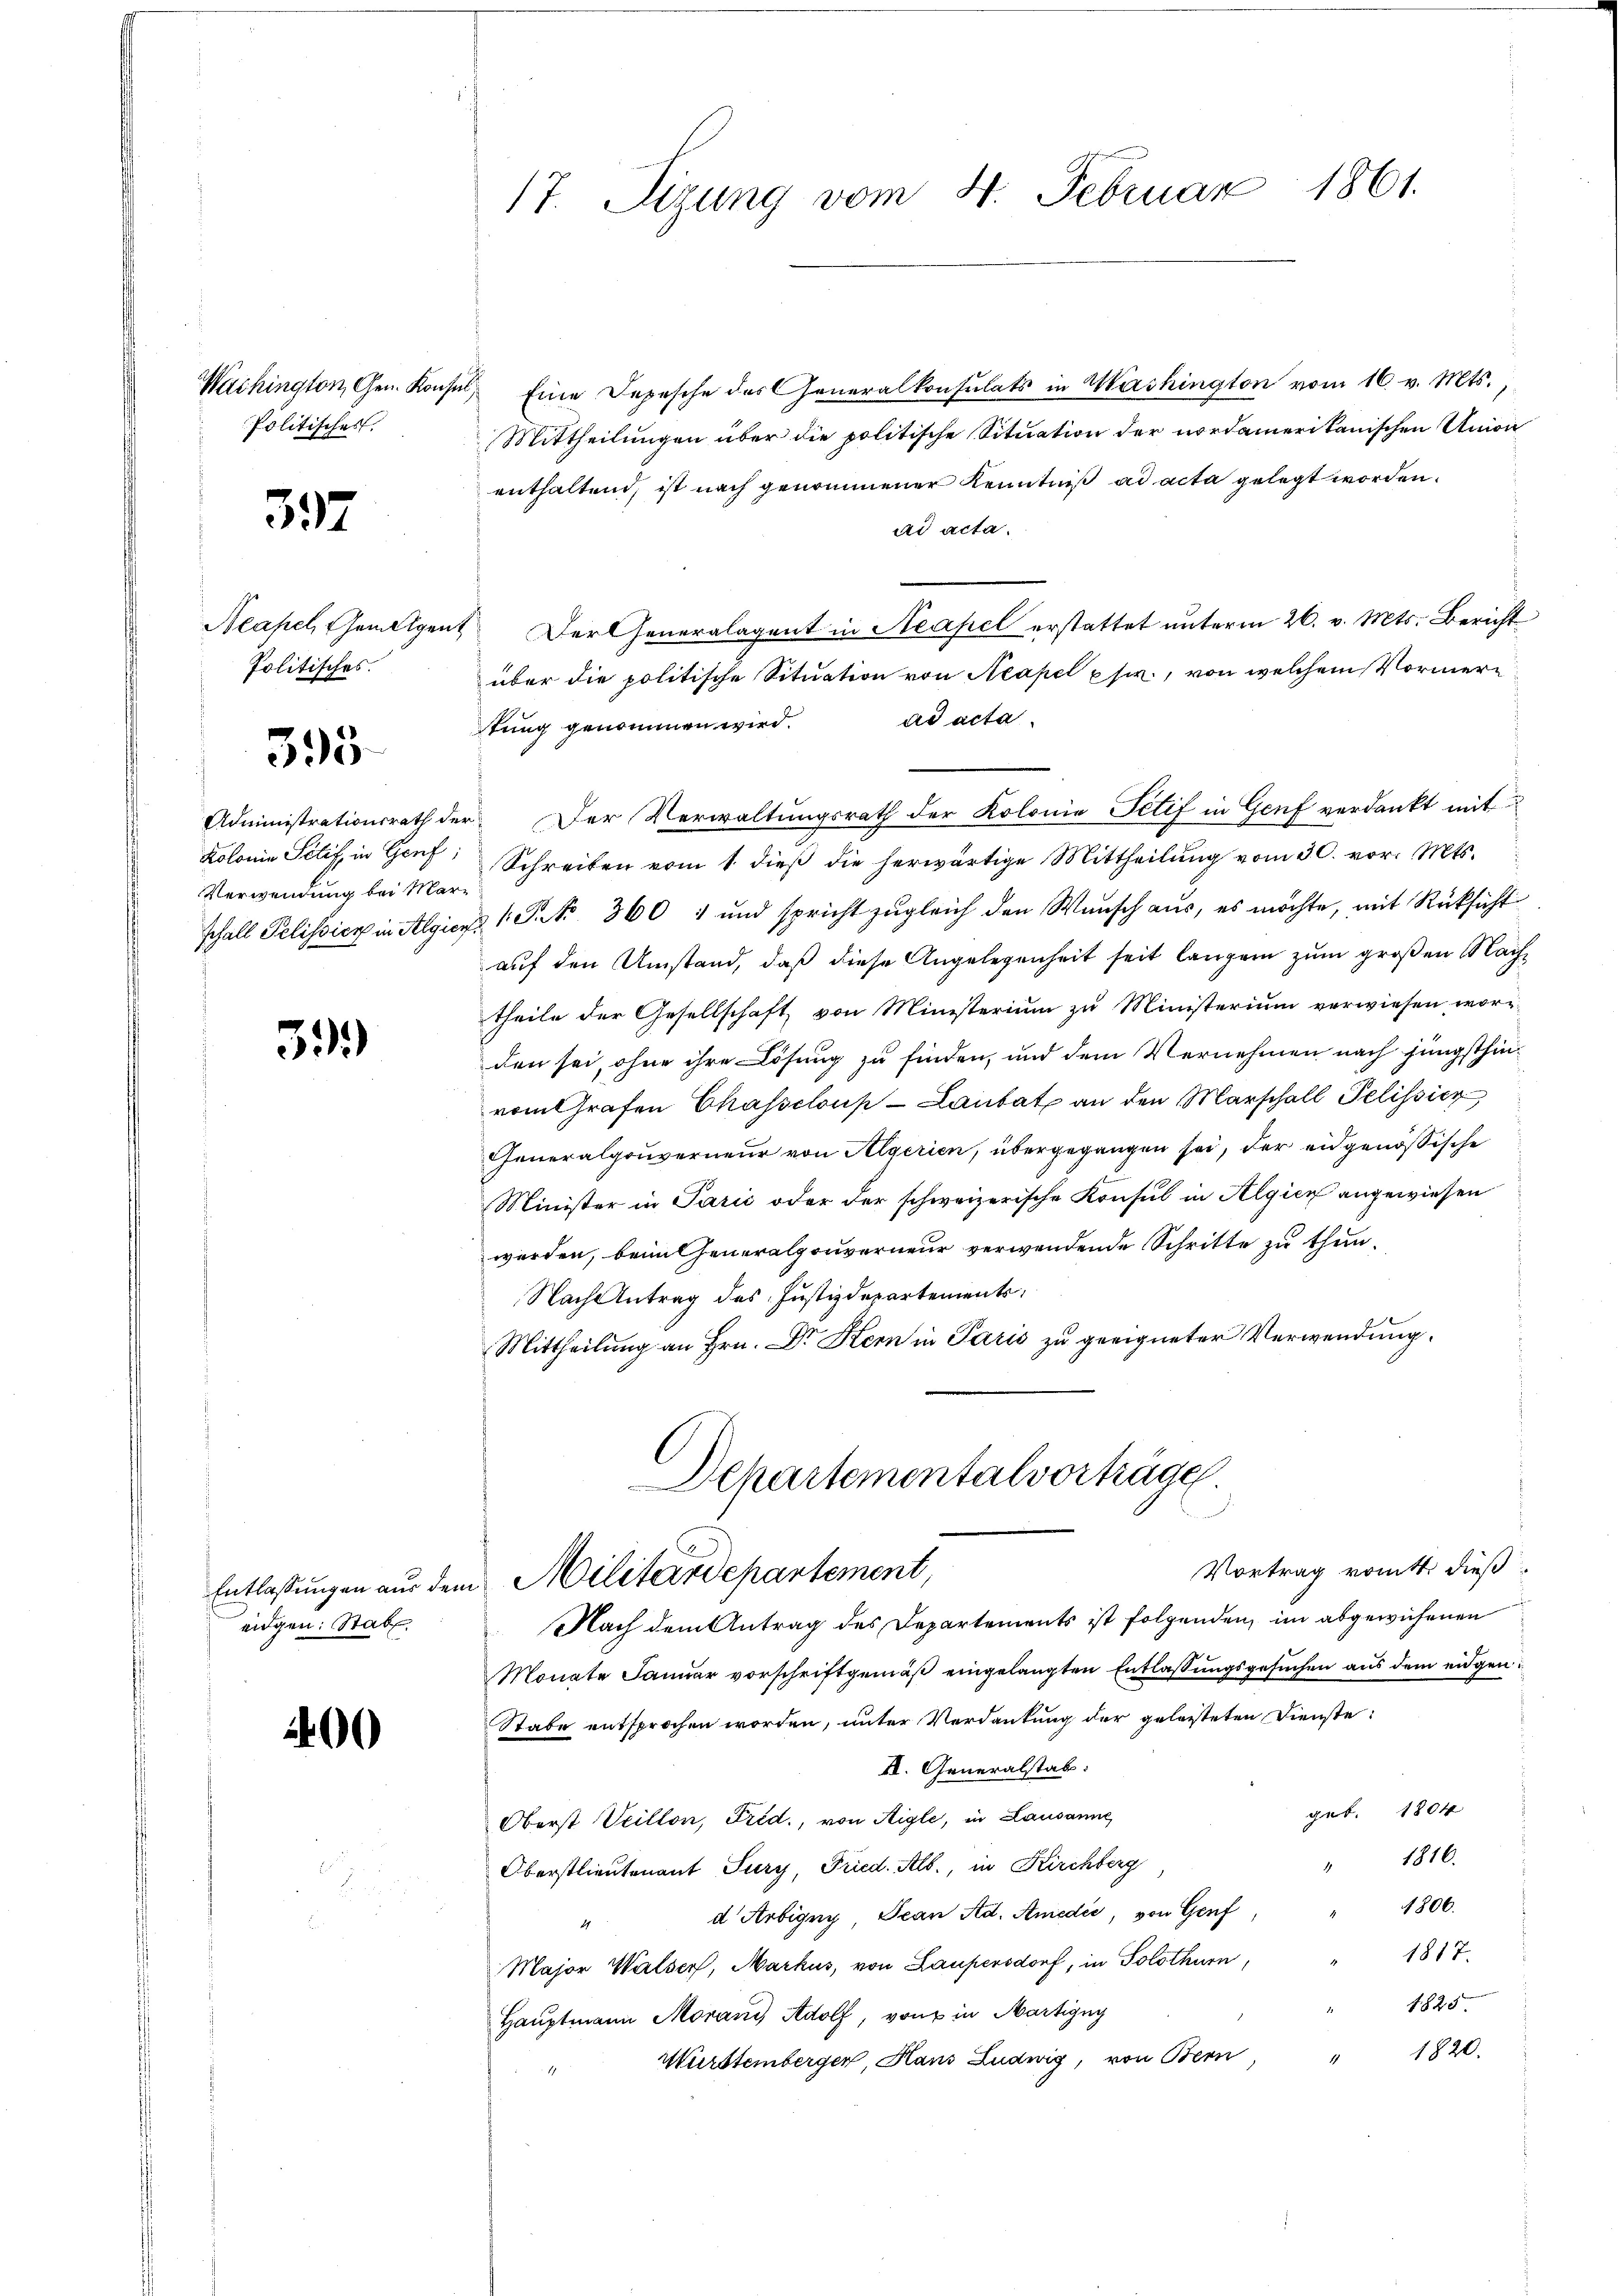
Wuchington, Gen. Kon¬
Politisches

597

Neapel, Gewalge¬
Politisches.

395

Verwendung bei Mar¬

39)

eidgen: Stab

400

el, Eine Depesche des Generalkonsulats in Washington vom 16. v. Mts.,
Mittheilungen über die politische Situation der nordamerikanischen Union
enthaltend, ist nach genommener Kenntniß ad acta gelegt worden.
ad acta.
ut Der Generalagent in Neapel erstattet unterm 26. v. Mts. Bericht
über die politische Situation von Neapel p fr., von welchem Vormerad acta.
tung genommen wird.
Administrationsrath der Der Verwaltŭngsrath der Kolonie Petif in Genf verdankt mit
Kolonie Schif, in Genf, Schreiben vom 1. dieß die herwärtige Mittheilung vom 30. vor. Mts.
schall Pelissich in Algien 1. P. Nr. 360 1 und spricht zugleich den Wunsch aus, es möchte, mit Rücksicht
auf den Umstand, daß diese Angelegenheit seit langen zum großen Nachtheile der Gesellschaft von Ministerium zu Ministerium verwiesen worden sei, ohne ihre Lösung zu finden, und dem Vernehmen nach jüngsthinvom Grafen Chasscloup-Laubat an den Marschall Pelissier
Generalgouverneur von Aegerien, übergegangen sei, der eidgenössische
Minister in Parić oder der schweizerische Konsul in Algien angewiesen
werden, beim Generalgouverneur verwendende Schritte zu thun.
Nach Antrag des Justizdepartements
Mittheilung an Hrn. Dr Kern in Paris zu geeigneter Verwendung.
Departementalvorträge
Vortrag vomtt. dieß¬
Entlaßungen aus dem Militärdepartement,
Nach dem Antrag des Departements ist folgenden, im abgewiesenen
Monate Januar vorschriftgemäß eingelangten Entlassungsgesuchen aus dem eidgen
Stabe entsprochen worden, unter Verdankung der geleisteten Dienste
II. Generalstab:
geb. 1804
Oberst Veillon, Frid., von Aigle, in Lausanne
1816.
Oberstlieutenant Sury, Fried. Alb., in Kirchberg
1806.
d Arbigny, Jean Ad. Amedić, von Genf
4
1817.
Major Walser, Markus, von Laupersdorf, in Solothurn,
1825.
Hauptmann Moran Adolf, von in Martigny
1820.
Mürttemberger, Haus Ludwig, von Bern

1861.
17. Sizung vom 4. Februar